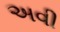
અવી